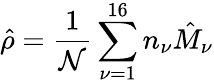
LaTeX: \hat{\rho}=\frac{1}{\mathcal{N}}\sum_{\nu=1}^{16}n_{\nu}\hat{M}_{\nu}